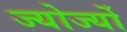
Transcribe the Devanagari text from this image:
ज्योर्ज्यो